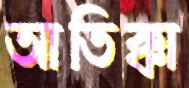
আতিক্কা